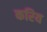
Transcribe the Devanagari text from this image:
करिय